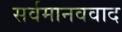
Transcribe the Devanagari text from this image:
सर्वमानववाद